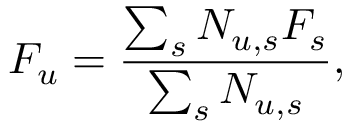
F _ { u } = \frac { \sum _ { s } N _ { u , s } F _ { s } } { \sum _ { s } { N _ { u , s } } } ,